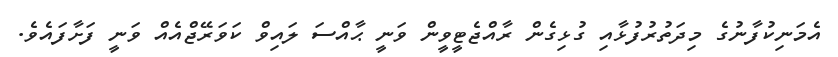
އެމަނިކުފާނުގެ މިދަތުރުފުޅާއި ގުޅިގެން ރާއްޖެޓީވީން ވަނީ ޙާއްސަ ލައިވް ކަވަރޭޖްއެއް ވަނީ ފަށާފައެވެ.